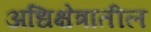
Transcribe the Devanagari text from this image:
अधिक्षेत्रातील